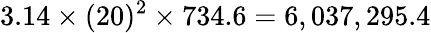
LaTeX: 3.14\times(20)^{2}\times 734.6=6,037,295.4